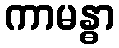
ကာမန္ဓာ